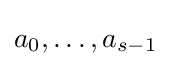
a_{0},\dotsc ,a_{s-1}